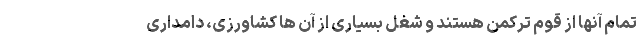
تمام آنها از قوم ترکمن هستند و شغل بسیاری از آن ها کشاورزی، دامداری